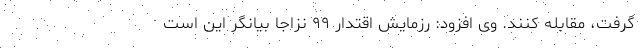
گرفت، مقابله کنند. وی افزود: رزمایش اقتدار ۹۹ نزاجا بیانگر این است